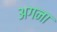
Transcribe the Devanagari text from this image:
अगना